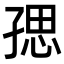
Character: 𭓑